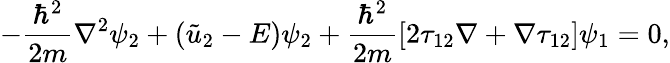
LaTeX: -{\frac{\hbar^{2}}{2m}}\nabla^{2}\psi_{2}+({\tilde{u}}_{2}-E)\psi_{2}+{\frac{\hbar^{2}}{2m}}[2\mathbf{\tau}_{12}\nabla+\nabla\mathbf{\tau}_{12}]\psi_{1}=0,